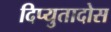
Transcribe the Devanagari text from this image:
दिप्युतादोस